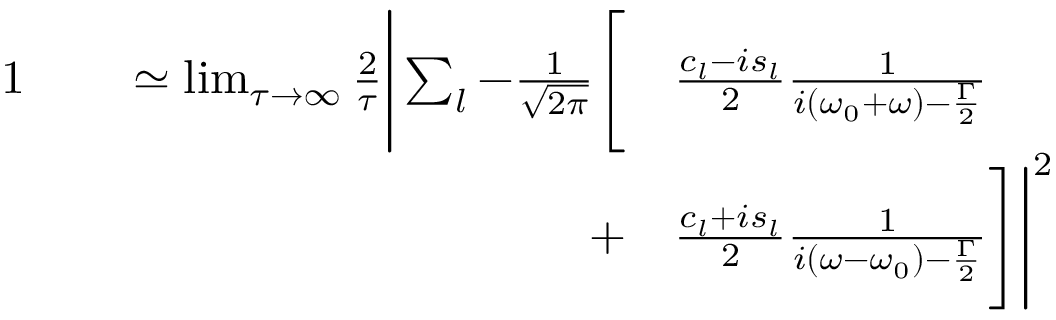
\begin{array} { r l } { { 1 } \qquad \simeq \operatorname* { l i m } _ { \tau \to \infty } \frac { 2 } { \tau } \Bigg | \sum _ { l } - \frac { 1 } { \sqrt { 2 \pi } } \Bigg [ } & { \frac { c _ { l } - i s _ { l } } { 2 } \frac { 1 } { i ( \omega _ { 0 } + \omega ) - \frac { \Gamma } { 2 } } } \\ { + } & { \frac { c _ { l } + i s _ { l } } { 2 } \frac { 1 } { i ( \omega - \omega _ { 0 } ) - \frac { \Gamma } { 2 } } \Bigg ] \Bigg | ^ { 2 } } \end{array}